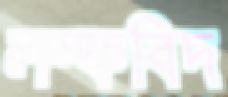
লম্ফবিদ